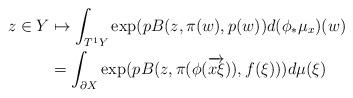
LaTeX: \begin{align*}z \in Y & \mapsto \int_{T^1 Y} \exp(pB(z, \pi(w), p(w)) d(\phi_* \mu_x)(w) \\ & = \int_{\partial X} \exp(pB(z, \pi(\phi(\overrightarrow{x\xi})), f(\xi))) d\mu(\xi) \\\end{align*}